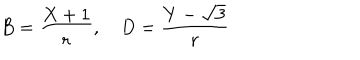
LaTeX: B = \frac { X + 1 } { r } , \quad D = \frac { Y - \sqrt { 3 } } { r }